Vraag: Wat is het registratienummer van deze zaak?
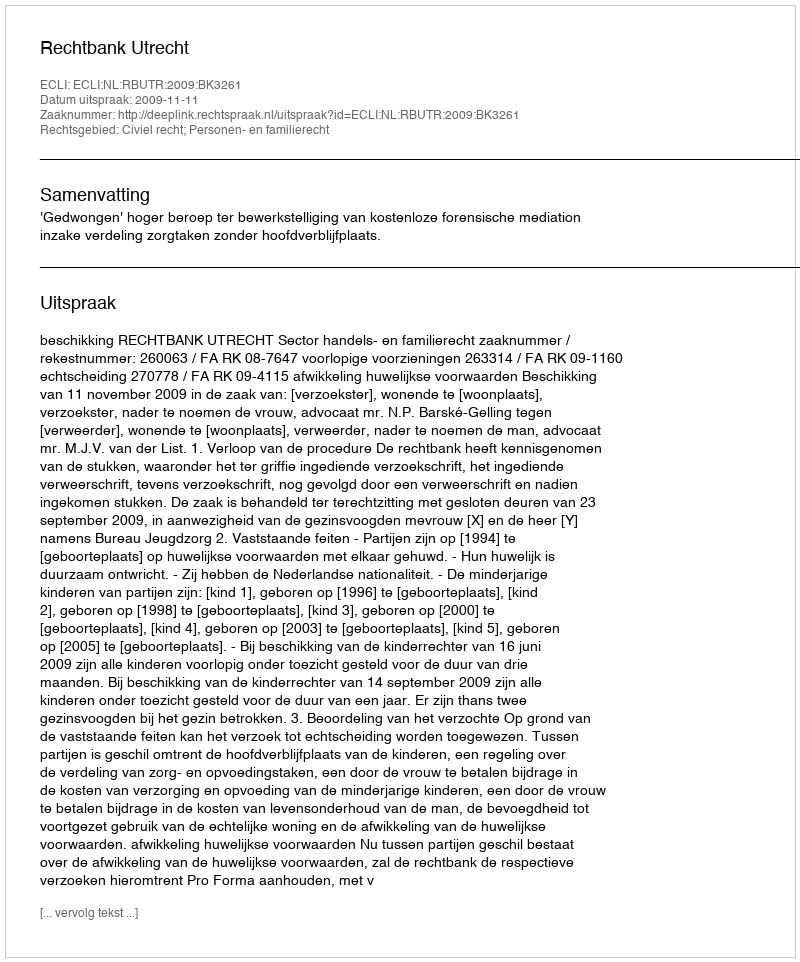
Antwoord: http://deeplink.rechtspraak.nl/uitspraak?id=ECLI:NL:RBUTR:2009:BK3261